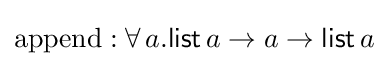
\mathrm {append} :\forall \,a.{\mathsf {list}}\,a\to a\to {\mathsf {list}}\,a